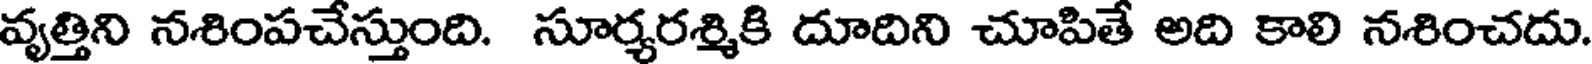
వృత్తిని నశింపచేస్తుంది. సూర్యరశ్మికి దూదిని చూపితే అది కాలి నశించదు.